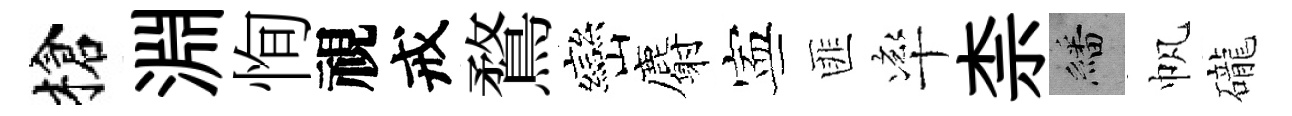
槍淵恂視戒鶩巒麝寕匪率柰繙帆礲